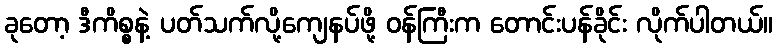
ခုတော့ ဒီကိစ္စနဲ့ ပတ်သက်လို့ကျေနပ်ဖို့ ဝန်ကြီးက တောင်းပန်ခိုင်း လိုက်ပါတယ်။